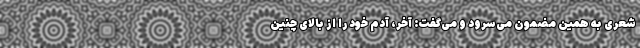
شعری به همین مضمون می‌سرود و می‌گفت: آخر، آدم خود را از بالای چنین